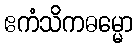
ဧကံသိကဓမ္မော